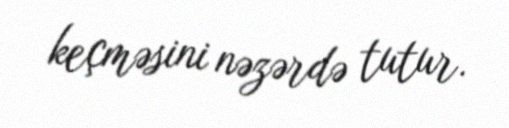
keçməsini nəzərdə tutur.